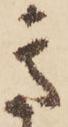
き